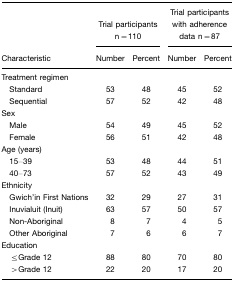
|  | <COLSPAN=2> Trial participants n=110 | <COLSPAN=2> Trial participants with adherence data n=87 |
 | Characteristic | Number | Percent | Number | Percent |
 | --- | --- | --- | --- | --- |
 | <COLSPAN=5> Treatment regimen |
 | Standard | 53 | 48 | 45 | 52 |
 | Sequential | 57 | 52 | 42 | 48 |
 | <COLSPAN=5> Sex |
 | Male | 54 | 49 | 45 | 52 |
 | Female | 56 | 51 | 42 | 48 |
 | <COLSPAN=5> Age (years) |
 | 15–39 | 53 | 48 | 44 | 51 |
 | 40–73 | 57 | 52 | 43 | 49 |
 | <COLSPAN=5> Ethnicity |
 | Gwich'in First Nations | 32 | 29 | 27 | 31 |
 | Inuvialuit (Inuit) | 63 | 57 | 50 | 57 |
 | Non-Aboriginal | 8 | 7 | 4 | 5 |
 | Other Aboriginal | 7 | 6 | 6 | 7 |
 | <COLSPAN=5> Education |
 | ≤Grade 12 | 88 | 80 | 70 | 80 |
 | >Grade 12 | 22 | 20 | 17 | 20 |